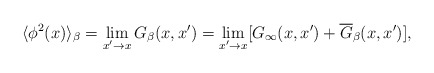
\begin{align*}\langle\phi^2(x)\rangle_{\beta}=\lim_{x'\rightarrow x}G_{\beta}(x,x')=\lim_{x'\rightarrow x}[G_{\infty}(x,x')+\overline{G}_{\beta}(x,x')],\end{align*}